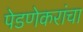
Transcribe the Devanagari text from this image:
पेडणेकरांचा